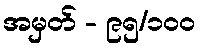
အမှတ် - ၉၅/၁၀၀